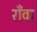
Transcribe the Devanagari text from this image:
राँवा